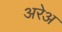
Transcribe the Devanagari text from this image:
अरेअ